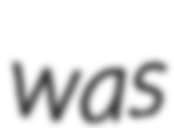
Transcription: was